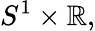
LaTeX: S^{1}\times\mathbb{R},